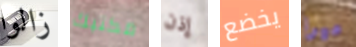
زالوا مكتبك إذن يخضع ميرا